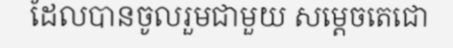
ដែលបានចូលរួមជាមួយ សម្តេចតេជោ